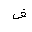
Letter: _fa